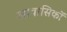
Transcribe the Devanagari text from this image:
आवासिकों